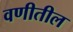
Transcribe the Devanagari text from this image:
वणीतील